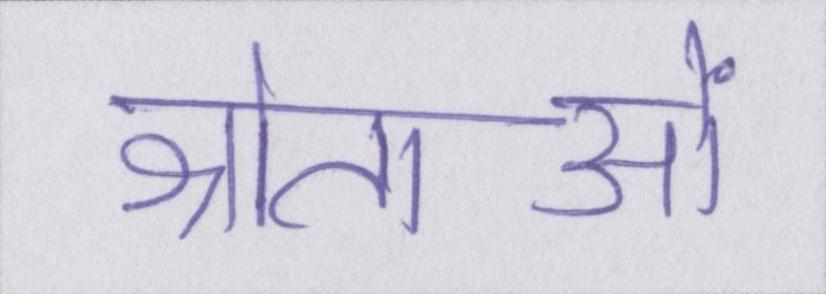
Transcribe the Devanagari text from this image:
श्रोताओं